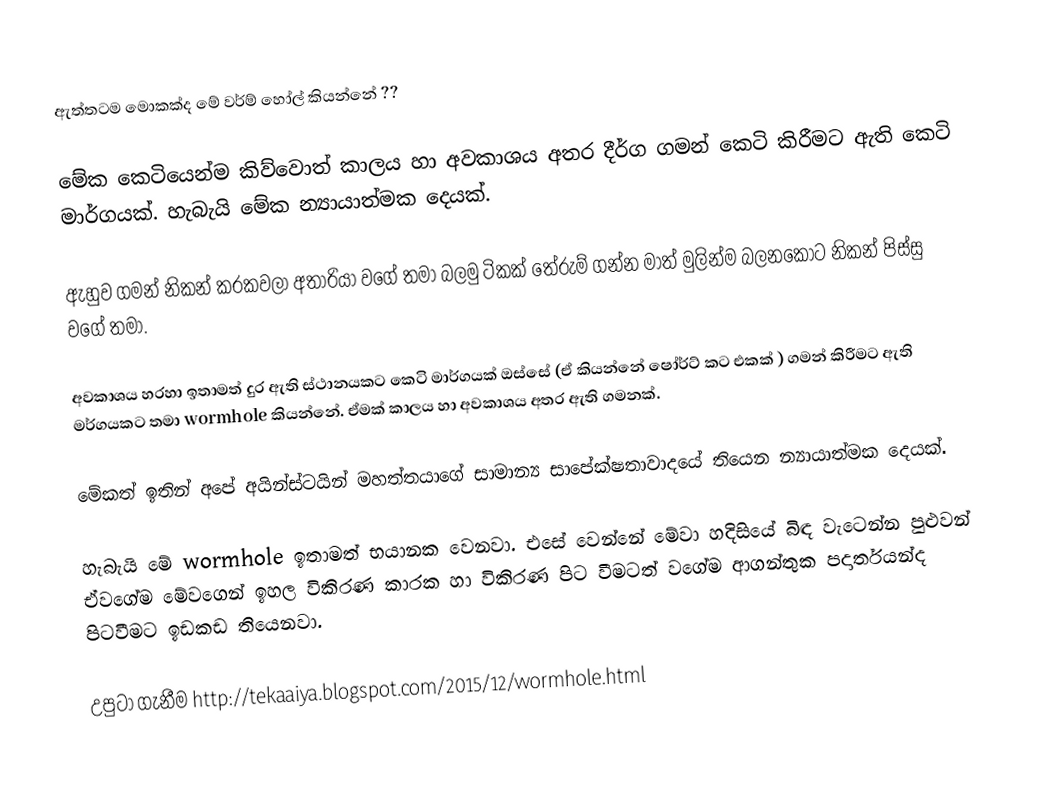
ඇත්තටම මොකක්ද මේ වර්ම් හෝල් කියන්නේ ??

මේක කෙටියෙන්ම කිව්වොත්  කාලය හා අවකාශය අතර දීර්ග ගමන් කෙටි කිරීමට ඇති කෙටි මාර්ගයක්. හැබැයි මේක න්‍යායාත්මක දෙයක්.

ඇහුව ගමන් නිකන් කරකවලා අතාරියා වගේ තමා බලමු ටිකක් තේරුම් ගන්න මාත් මුලින්ම බලනකොට නිකන් පිස්සු වගේ තමා.

 අවකාශය හරහා ඉතාමත් දුර ඇති ස්ථානයකට කෙටි මාර්ගයක් ඔස්සේ (ඒ කියන්නේ ෂෝර්ට් කට එකක් ) ගමන් කිරීමට ඇති මර්ගයකට තමා wormhole කියන්නේ. ඒමක් කාලය හා අවකාශය අතර ඇති ගමනක්.

මේකත් ඉතින් අපේ අයින්ස්ටයින් මහත්තයාගේ සාමාන්‍ය සාපේක්ෂතාවාදයේ තියෙන න්‍යායාත්මක දෙයක්.

හැබැයි මේ wormhole ඉතාමත් භයානක වෙනවා. එසේ වෙන්නේ මේවා හදිසියේ බිඳ වැටෙන්න පුළුවන් ඒවගේම මේවගෙන් ඉහල විකිරණ කාරක හා විකිරණ පිට වීමටත් වගේම ආගන්තුක පදාර්තයන්ද පිටවීමට ඉඩකඩ තියෙනවා.

උපුටා ගැනීම http://tekaaiya.blogspot.com/2015/12/wormhole.html